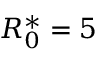
R _ { 0 } ^ { \ast } = 5